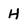
Character: H